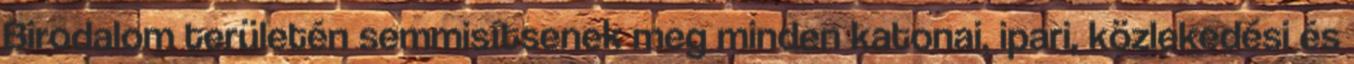
Birodalom területén semmisítsenek meg minden katonai, ipari, közlekedési és